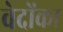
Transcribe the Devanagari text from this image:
वेदोंका